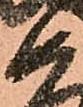
如